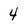
Character: 4